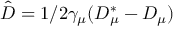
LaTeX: \hat { D } = 1 / 2 \gamma _ { \mu } ( D _ { \mu } ^ { * } - D _ { \mu } )